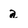
Character: a